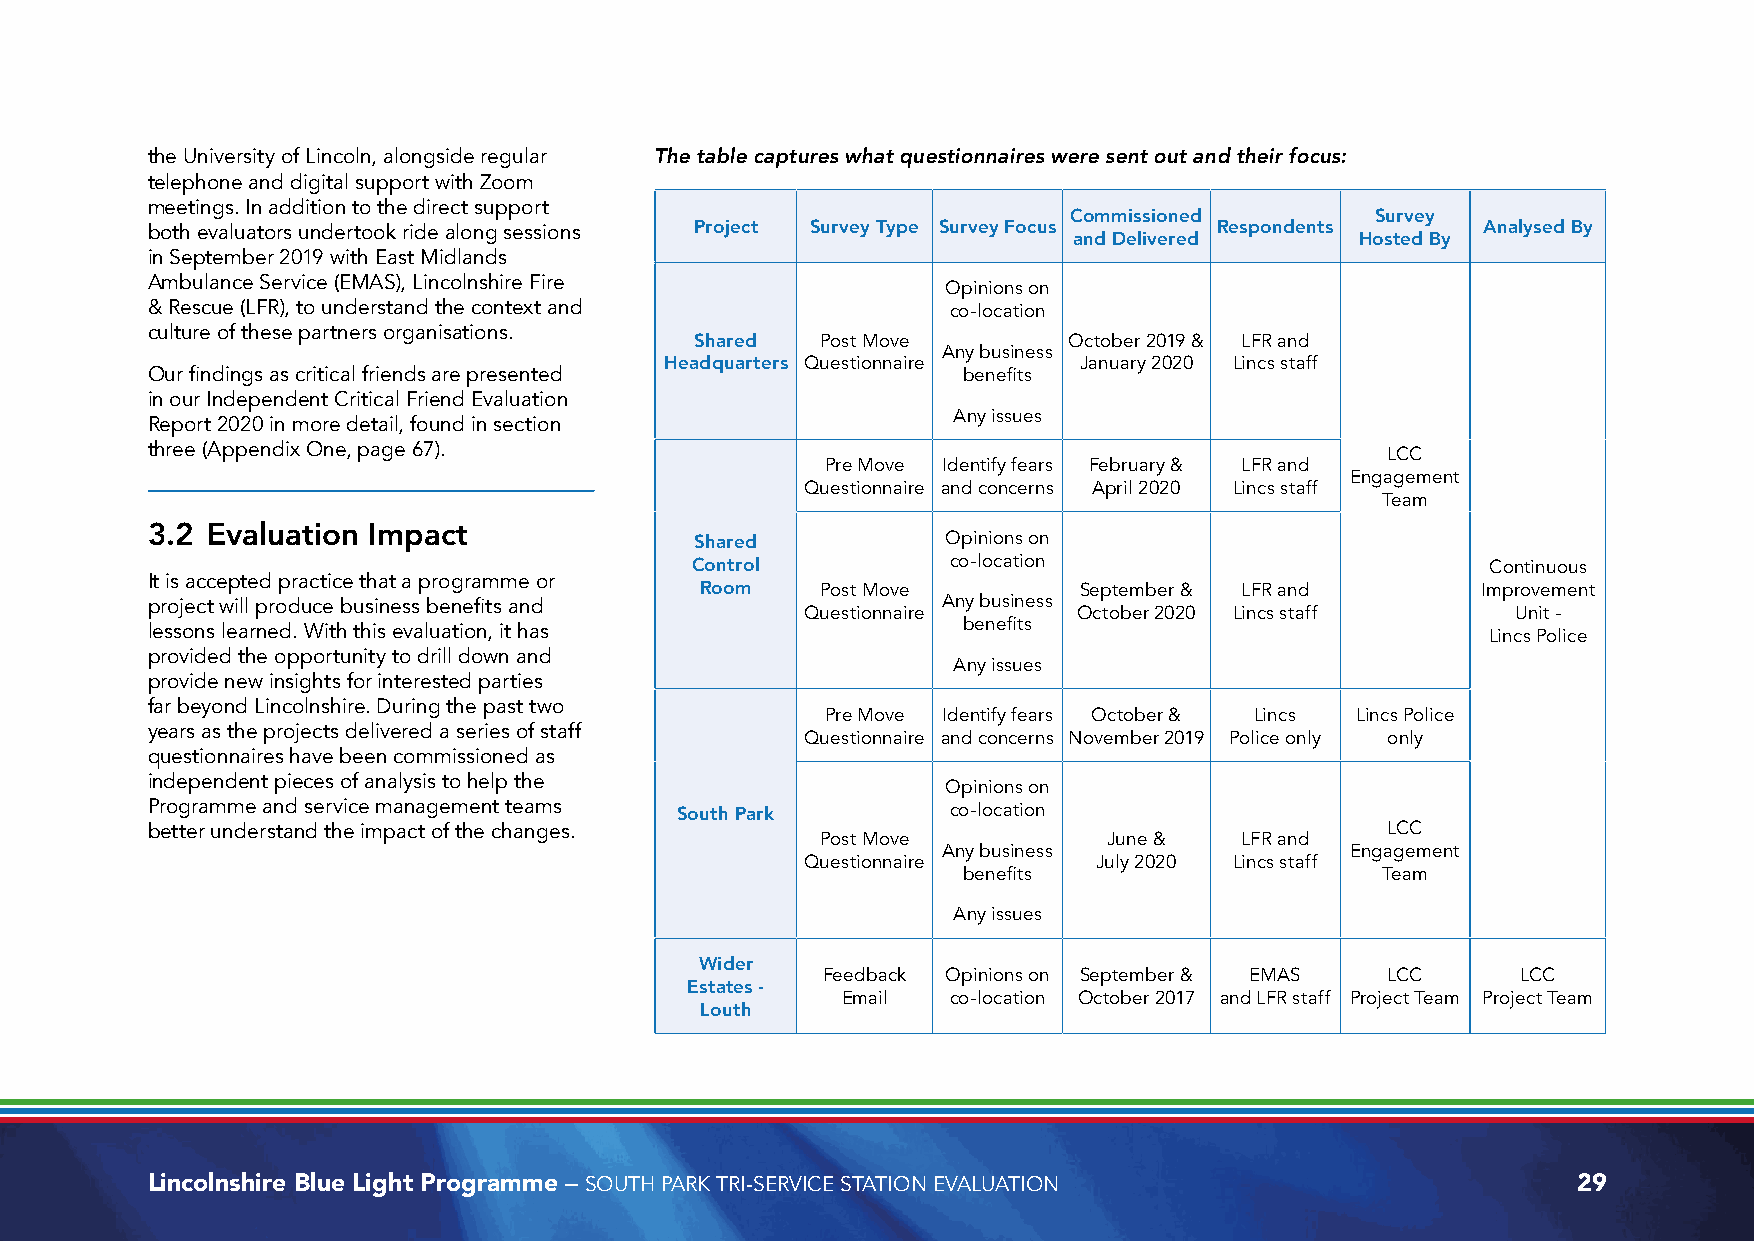
the University of Lincoln, alongside regular The table captures what questionnaires were sent out and their focus:
 telephone and digital support with Zoom
 meetings. In addition to the direct support
 Commissioned        Survey
 both evaluators undertook ride along sessions Project Survey Type Survey Focus Respondents Analysed By
 and Delivered      Hosted By
 in September 2019 with East Midlands
 Ambulance Service (EMAS), Lincolnshire Fire
 Opinions on
 & Rescue (LFR), to understand the context and        co-location
 culture of these partners organisations.
 Shared  Post Move        October 2019 & LFR and
 Any business
 Headquarters Questionnaire January 2020 Lincs staff
 Our findings as critical friends are presented        benefits
 in our Independent Critical Friend Evaluation
 Any issues
 Report 2020 in more detail, found in section
 three (Appendix One, page 67).                                                    LCC
 Pre Move Identify fears February & LFR and
 Engagement
 Questionnaire and concerns April 2020 Lincs staff
 Team
 3.2 Evaluation Impact
 Shared           Opinions on
 Control          co-location                         Continuous
 It is accepted practice that a programme or
 Room    Post Move        September & LFR and        Improvement
 project will produce business benefits and          Any business
 Questionnaire     October 2020 Lincs staff     Unit -
 lessons learned. With this evaluation, it has         benefits                           Lincs Police
 provided the opportunity to drill down and
 Any issues
 provide new insights for interested parties
 far beyond Lincolnshire. During the past two
 Pre Move Identify fears October & Lincs Lincs Police
 years as the projects delivered a series of staff
 Questionnaire and concerns November 2019 Police only only
 questionnaires have been commissioned as
 independent pieces of analysis to help the
 Opinions on
 Programme and service management teams South Park    co-location
 better understand the impact of the changes.                                      LCC
 Post Move          June &   LFR and
 Any business               Engagement
 Questionnaire       July 2020 Lincs staff
 benefits                   Team
 Any issues
 Wider
 Feedback Opinions on September & EMAS LCC      LCC
 Estates -
 Email  co-location October 2017 and LFR staff Project Team Project Team
 Louth
 Lincolnshire Blue Light Programme – SOUTH PARK TRI-SERVICE STATION EVALUATION                 29